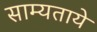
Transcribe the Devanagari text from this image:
साम्यताये